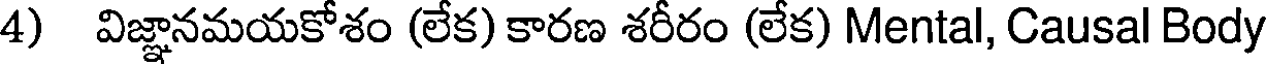
4) విజ్ఞానమయకోశం (లేక) కారణ శరీరం (లేక) Mental, Causal Body